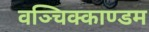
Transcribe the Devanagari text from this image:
वञ्चिक्काण्डम